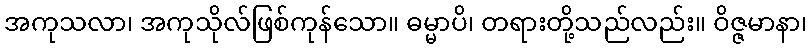
အကုသလာ၊ အကုသိုလ်ဖြစ်ကုန်သော။ ဓမ္မာပိ၊ တရားတို့သည်လည်း။ ဝိဇ္ဇမာနာ၊